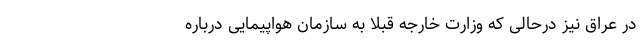
در عراق نیز درحالی که وزارت خارجه قبلا به سازمان هواپیمایی درباره